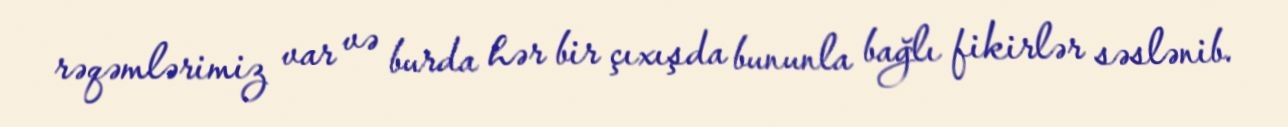
rəqəmlərimiz var və burda hər bir çıxışda bununla bağlı fikirlər səslənib.